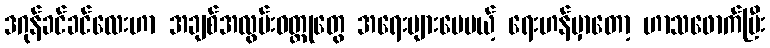
ဒဂုန်ခင်ခင်လေးဟာ အချစ်အလွမ်းဝတ္ထုတွေ အရေးများပေမယ့် ရေးဟန်မှာတော့ ဟာသဖောက်ပြီး